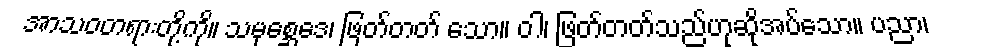
အာသဝတရားတို့ကို။ သမုစ္ဆေဒေ၊ ဖြတ်တတ် သော။ ဝါ၊ ဖြတ်တတ်သည်ဟုဆိုအပ်သော။ ပညာ၊